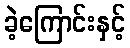
ခဲ့ကြောင်းနှင့်